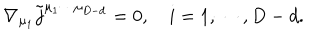
\nabla _ { \mu _ { 1 } } \tilde { j } ^ { \mu _ { 1 } \cdots \mu _ { D - d } } = 0 , \quad i = 1 , \cdots , D - d .